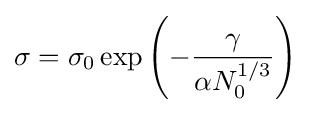
\sigma =\sigma _{0}\exp \left(-{\frac {\gamma }{\alpha N_{0}^{1/3}}}\right)